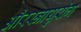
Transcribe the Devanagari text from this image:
औरस्नायुरोग